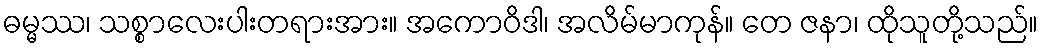
ဓမ္မဿ၊ သစ္စာလေးပါးတရားအား။ အကောဝိဒါ၊ အလိမ်မာကုန်။ တေ ဇနာ၊ ထိုသူတို့သည်။